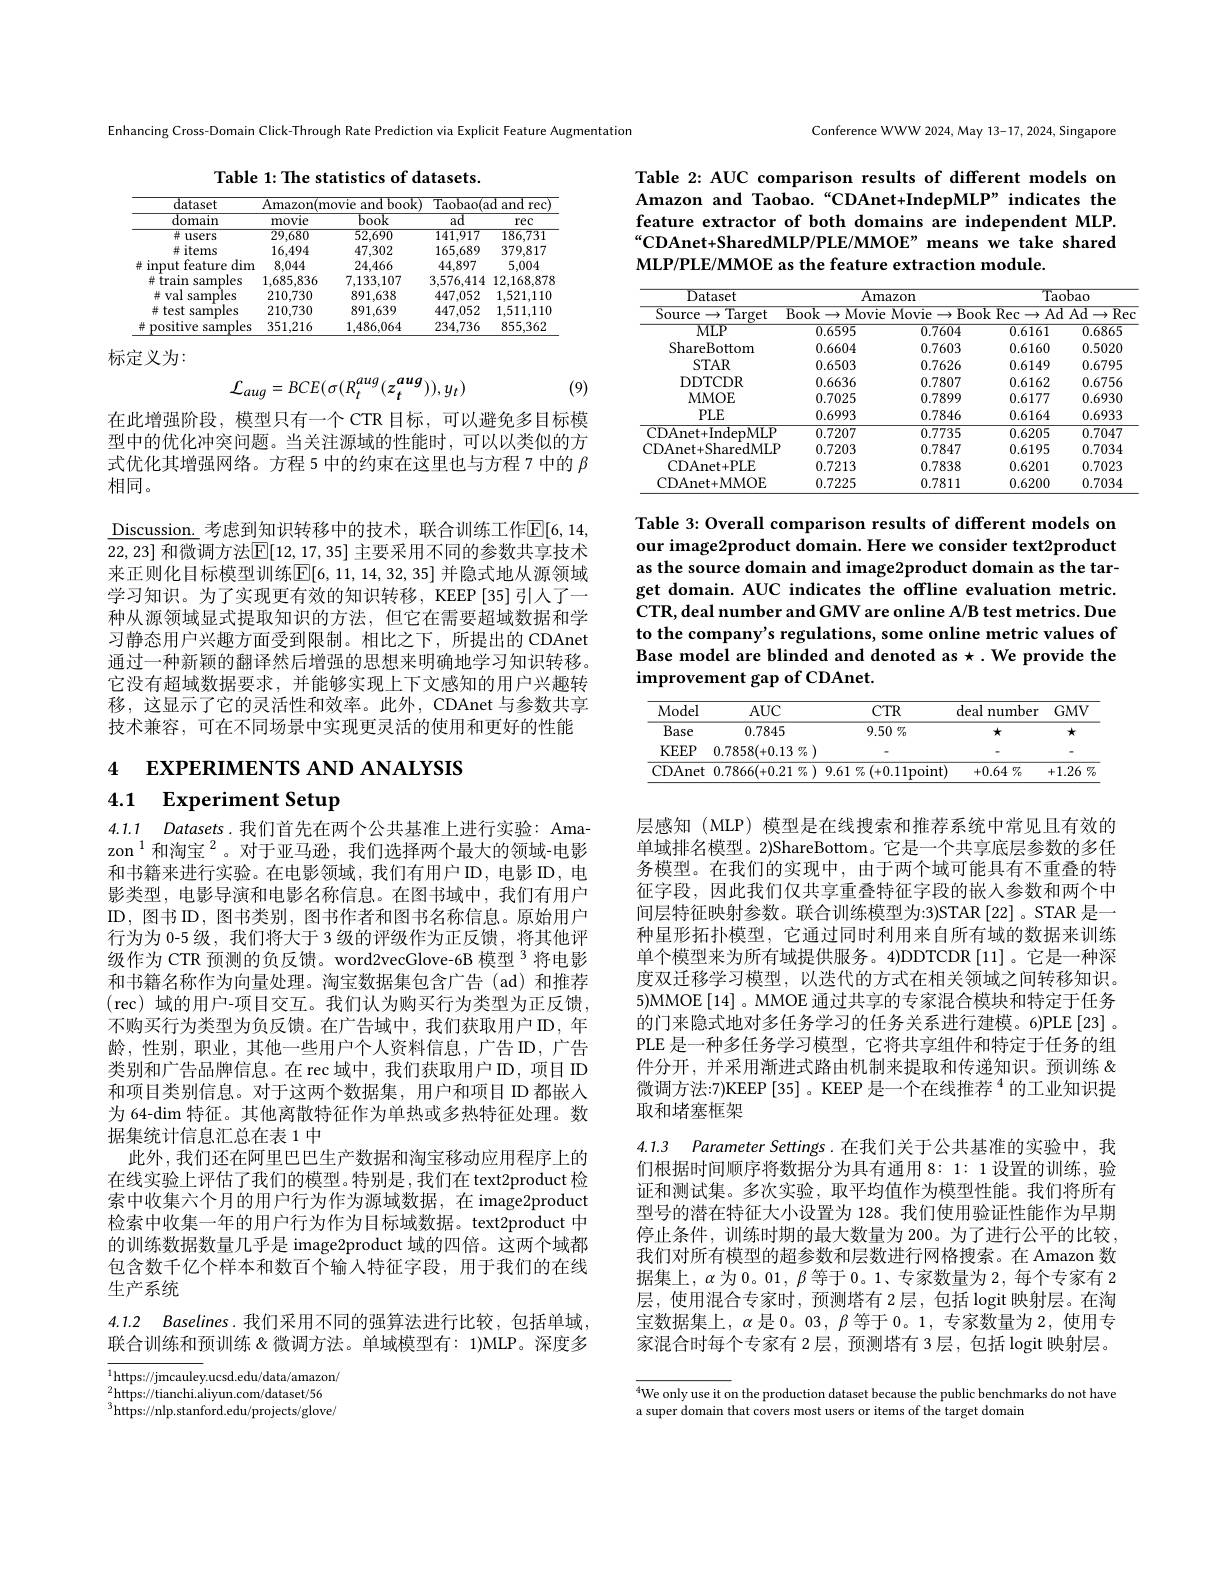
Enhancing Cross-Domain Click-Through Rate Prediction via Explicit Feature Augmentation

Table 1: The statistics of datasets.

<table>
	<tbody>
		<tr>
			<th rowspan="2">dataset domain</th>
			<th colspan="2">Amazon( movie and book) </th>
			<th colspan="2">Taobao(ad $andrec)$</th>
		</tr>
		<tr>
			<th>movie</th>
			<th>book</th>
			<th>$\overline{\mathrm{ad}}$</th>
			<th>rec</th>
		</tr>
		<tr>
			<td>$\#users$</td>
			<td>29.680</td>
			<td>52,690</td>
			<td>141,917</td>
			<td>186,731</td>
		</tr>
		<tr>
			<td>并 items</td>
			<td>16.494</td>
			<td>47,302</td>
			<td>165.689</td>
			<td>379,817</td>
		</tr>
		<tr>
			<td>$\# input$ feature , $\dim$ </td>
			<td>8,044</td>
			<td>24,466</td>
			<td>44,897</td>
			<td>5,004</td>
		</tr>
		<tr>
			<td>并 train samples</td>
			<td>1.685,836</td>
			<td>7,133,107</td>
			<td>3,576,414</td>
			<td>12,168,878</td>
		</tr>
		<tr>
			<td>$\#val$ samples</td>
			<td>210,730</td>
			<td>891,638</td>
			<td>447.052</td>
			<td>1.521,110</td>
		</tr>
		<tr>
			<td># test samples</td>
			<td>210,730</td>
			<td>891,639</td>
			<td>447.052</td>
			<td>1,511,110</td>
		</tr>
		<tr>
			<td>井 positive samples</td>
			<td>351,216</td>
			<td>1,486,064</td>
			<td>234.736</td>
			<td>855,362</td>
		</tr>
	</tbody>
</table>

标定义为：
$$\mathcal{L}_{aug}=BCE(\sigma(R_{t}^{aug}(z_{t}^{aug})),y_{t})$$
(9)

在此增强阶段，模型只有一个 CTR 目标，可以避免多目标模型中的优化冲突问题。当关注源域的性能时，可以以类似的方式优化其增强网络。方程 5 中的约束在这里也与方程 7 中的$\beta$ 相同。

$\underline{\text{Discussion. 考虑到知识转移中的技术，联合训练工作}\mathbb{E}[6,14,1]}$ 22,23] 和微调方法$\boxed{\mathbb{E}}[12,17,35]$ 主要采用不同的参数共享技术来正则化目标模型训练$\mathbb{E}[6,11,14,32,35]$ 并隐式地从源领域学习知识。为了实现更有效的知识转移，KEEP[35]引人了一种从源领域显式提取知识的方法，但它在需要超域数据和学习静态用户兴趣方面受到限制。相比之下，所提出的 CDAnet 通过一种新颖的翻译然后增强的思想来明确地学习知识转移。它没有超域数据要求，并能够实现上下文感知的用户兴趣转移，这显示了它的灵活性和效率。此外，CDAnet 与参数共享技术兼容，可在不同场景中实现更灵活的使用和更好的性能

# 4 EXPERIMENTS AND ANALYSIS 4.1 Experiment Setup

4.1.1 Datasets.我们首先在两个公共基准上进行实验：Amazon$^{1}$和淘宝$^2$。对于亚马逊，我们选择两个最大的领域-电影和书籍来进行实验。在电影领域，我们有用户ID，电影 ID, 电影类型，电影导演和电影名称信息。在图书域中，我们有用户ID, 图书 ID, 图书类别，图书作者和图书名称信息。原始用户行为为 0-5 级，我们将大于 3 级的评级作为正反馈，将其他评级作为 CTR 预测的负反馈。word2vecGlove-6B 模型 3 将电影和书籍名称作为向量处理。淘宝数据集包含广告(ad)和推荐$(\operatorname{rec})$ 域的用户-项目交互。我们认为购买行为类型为正反馈， 不购买行为类型为负反馈。在广告域中，我们获取用户 ID,年龄，性别，职业，其他一些用户个人资料信息，广告I$D$,广告类别和广告品牌信息。在 rec 域中，我们获取用户 ID, 项目 ID 和项目类别信息。对于这两个数据集，用户和项目 ID 都嵌入为 64-$\dim$特征。其他离散特征作为单热或多热特征处理。数据集统计信息汇总在表 1 中
此外，我们还在阿里巴巴生产数据和淘宝移动应用程序上的在线实验上评估了我们的模型。特别是，我们在 text2product 检索中收集六个月的用户行为作为源域数据，在 image2product 检索中收集一年的用户行为作为目标域数据。text2product 中的训练数据数量几乎是 image2product 域的四倍。这两个域都包含数千亿个样本和数百个输入特征字段，用于我们的在线生产系统
4.1.2 Baselines.我们采用不同的强算法进行比较，包括单域，

联合训练和预训练 &微调方法。单域模型有：1)MLP。深度多

$^{1}$https://jmcauley.ucsd.edu/data/amazon/ $^2$https://tianchi.aliyun.com/dataset/56 $^{3}$https://nlp.stanford.edu/projects/glove/

Conference WWW 2024, May 13-17, 2024, Singapore

Table 2: AUC comparison results of different models on Amazon and Taobao.“CDAnet+IndepMLP”indicates the feature extractor of both domains are independent MLP. “CDAnet+SharedMLP/PLE/MMOE” means we take shared MLP/PLE/MMOE as the feature extraction module.

<table>
	<tbody>
		<tr>
			<th>Dataset</th>
			<th colspan="2">$\overline{{\mathrm{Amazon}}}$</th>
			<th colspan="2">Taobao</th>
		</tr>
		<tr>
			<th>$\operatorname{Source}\to\operatorname{Target}$</th>
			<th>$B_{\mathrm{ook}}$ $\langle\rightarrow$ Movie 1 1</th>
			<th>Movie Boo $\rightarrow$</th>
			<th>$\overline{\mathrm{k}}$Rec$\rightarrow\overline{F}$ $Ac$</th>
			<th>$\overline{\mathrm{Ad}\longrightarrow}$ Rec</th>
		</tr>
		<tr>
			<td>$MLP$</td>
			<td>0.6595</td>
			<td>0.7604</td>
			<td>0.6161</td>
			<td>0.6865</td>
		</tr>
		<tr>
			<td>ShareBottom</td>
			<td>0.6604</td>
			<td>0.7603</td>
			<td>0.6160</td>
			<td>0.5020</td>
		</tr>
		<tr>
			<td>$STAR$</td>
			<td>0.6503</td>
			<td>0.7626</td>
			<td>0.6149</td>
			<td>0.6795</td>
		</tr>
		<tr>
			<td>DDTCDR</td>
			<td>0.6636</td>
			<td>0.7807</td>
			<td>0.6162</td>
			<td>0.6756</td>
		</tr>
		<tr>
			<td>MMOE</td>
			<td>0.7025</td>
			<td>0.7899</td>
			<td>0.6177</td>
			<td>0.6930</td>
		</tr>
		<tr>
			<td>$PLE$</td>
			<td>0.6993</td>
			<td>0.7846</td>
			<td>0.6164</td>
			<td>0.6933</td>
		</tr>
		<tr>
			<td>CDAnet+IndepMLP</td>
			<td>0.7207</td>
			<td>0.7735</td>
			<td>0.6205</td>
			<td>0.7047</td>
		</tr>
		<tr>
			<td>CDAnet+SharedMLP</td>
			<td>0.7203</td>
			<td>0.7847</td>
			<td>0.6195</td>
			<td>0.7034</td>
		</tr>
		<tr>
			<td>CDAnet+PLE</td>
			<td>0.7213</td>
			<td>0.7838</td>
			<td>0.6201</td>
			<td>0.7023</td>
		</tr>
		<tr>
			<td>CDAnet+MMOE</td>
			<td>0.7225</td>
			<td>0.7811</td>
			<td>0.6200</td>
			<td>0.7034</td>
		</tr>
	</tbody>
</table>

Table 3: Overall comparison results of different models on our image2product domain. Here we consider text2product as the source domain and image2product domain as the target domain. AUC indicates the offline evaluation metric. CTR, deal number and GMV are online A/B test metrics. Due to the company's regulations, some online metric values of Base model are blinded and denoted as $\star.$ We provide the improvement gap of CDAnet.

<table>
	<tbody>
		<tr>
			<th>Model</th>
			<th>$AUC$</th>
			<th>$CTR$</th>
			<th>deal number</th>
			<th>$GMV$</th>
		</tr>
		<tr>
			<td>Base</td>
			<td>0.7845</td>
			<td>$9.50\%$</td>
			<td>女</td>
			<td>$\star$</td>
		</tr>
		<tr>
			<td>$KEEP$</td>
			<td>0.7858(+0.13 $\% )$</td>
			<td> </td>
			<td> </td>
			<td> </td>
		</tr>
		<tr>
			<td>CDAnet</td>
			<td>$0.7866(+0.21\%$</td>
			<td>$9.61\%(+0.11$point] 、</td>
			<td>+0.64 $7_{0}$</td>
			<td>$+1.26\%$</td>
		</tr>
	</tbody>
</table>

层感知 (MLP) 模型是在线搜索和推荐系统中常见且有效的单域排名模型。2)ShareBottom。它是一个共享底层参数的多任务模型。在我们的实现中，由于两个域可能具有不重叠的特征字段，因此我们仅共享重叠特征字段的嵌人参数和两个中间层特征映射参数。联合训练模型为：3)STAR [22] 。STAR 是一种星形拓扑模型，它通过同时利用来自所有域的数据来训练单个模型来为所有域提供服务。4)DDTCDR[11]。它是一种深度双迁移学习模型，以迭代的方式在相关领域之间转移知识。5)MMOE[14]。MMOE 通过共享的专家混合模块和特定于任务的门来隐式地对多任务学习的任务关系进行建模。6)PLE[23] 。PLE 是一种多任务学习模型，它将共享组件和特定于任务的组件分开，并采用渐进式路由机制来提取和传递知识。预训练& 微调方法：7)KEEP[35]。KEEP 是一个在线推荐$^{4}$的工业知识提取和堵塞框架

4.1.3 $ParameterSettings. 在 我 们 关 于 公 共 基 准 的 实 验 中 , 我$ 们根据时间顺序将数据分为具有通用 8: 1: 1 设置的训练，验证和测试集。多次实验，取平均值作为模型性能。我们将所有型号的潜在特征大小设置为 128。我们使用验证性能作为早期停止条件，训练时期的最大数量为 200。为了进行公平的比较， 我们对所有模型的超参数和层数进行网格搜索。在 Amazon 数据集上，$\alpha$为 0。01, $\beta$等于0。1、专家数量为 2, 每个专家有 2层，使用混合专家时，预测塔有 2层，包括 logit 映射层。在淘宝数据集上，$\alpha$是0。03, $\beta$等于0。1,专家数量为 2,使用专家混合时每个专家有 2层，预测塔有 3层，包括 logit 映射层。

$^{4}$We only use it on the production dataset because the public benchmarks do not have
a super domain that covers most users or items of the target domain